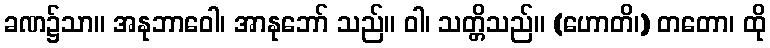
ခဏ၌သာ။ အနုဘာဝေါ၊ အာနုဘော် သည်။ ဝါ၊ သတ္တိသည်။ (ဟောတိ၊) တတော၊ ထို